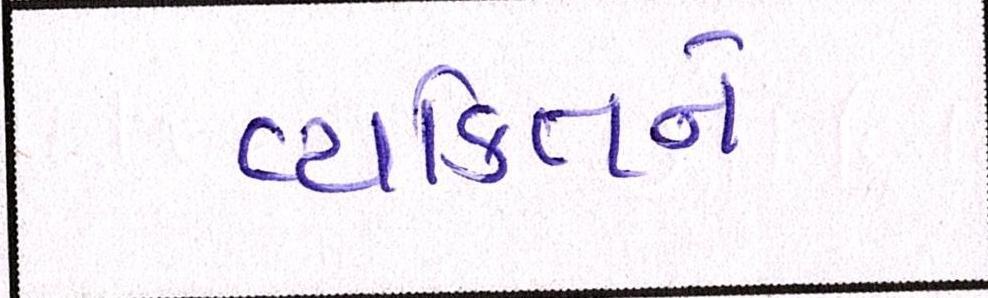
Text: વ્યકિતને